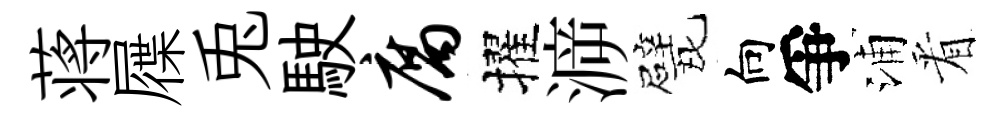
蒋屧兎駛腐擢㴑戏向爭浦㸔